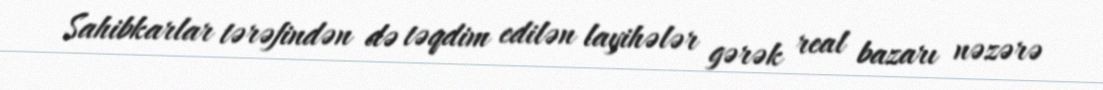
Sahibkarlar tərəfindən də təqdim edilən layihələr gərək real bazarı nəzərə